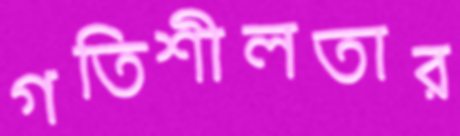
গতিশীলতার